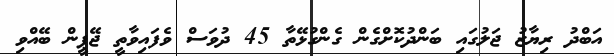
އަބްދު ރިޔާޒު ޖަލުގައި ބަންދުކޮށްގެން ގެންގުޅޭތާ 45 ދުވަސް ވެފައިވާތީ ޖޭޕީން ބޭއްވި